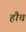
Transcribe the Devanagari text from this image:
हौच